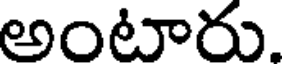
అంటారు.